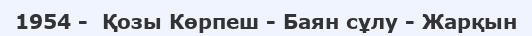
1954 -  Қозы Көрпеш - Баян сұлу - Жарқын